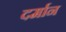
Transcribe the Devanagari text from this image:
दर्मान